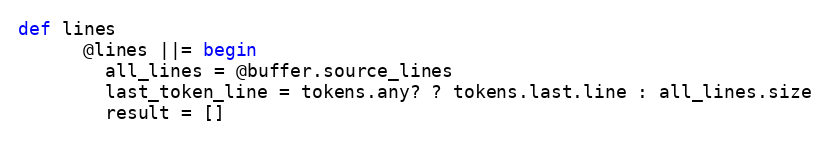
Language: Ruby
def lines
      @lines ||= begin
        all_lines = @buffer.source_lines
        last_token_line = tokens.any? ? tokens.last.line : all_lines.size
        result = []